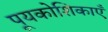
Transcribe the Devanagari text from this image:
पूयकोशिकाएँ